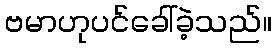
ဗမာဟုပင်ခေါ်ခဲ့သည်။